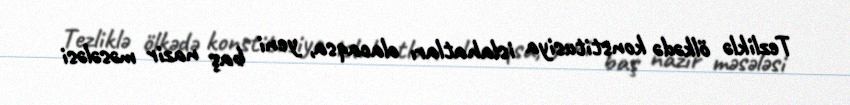
Tezliklə ölkədə konstitusiya islahatları olacaqsa, yeni baş nazir məsələsi